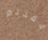
فقدتم